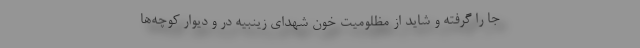
جا را گرفته و شاید از مظلومیت خون شهدای زینبیه در و دیوار کوچه‌ها